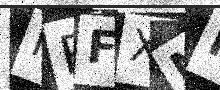
Text: FRFXNP